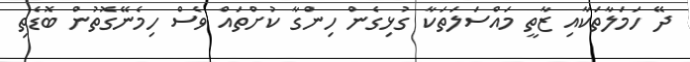
ދޭ ހަމަލާތަކާއި ޒާތީ މައްސަލަތަކާ ގުޅިގެން ހިންގާ ކުށްތައް ވެސް ހިމެނޭގޮތުން ބޮޑެތި